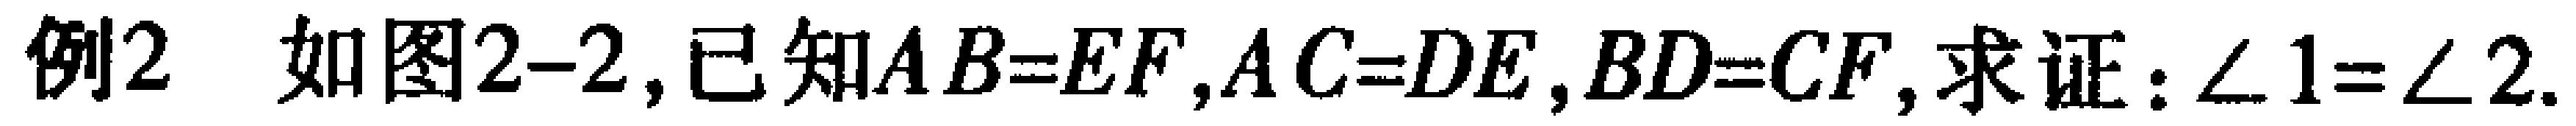
例2 如图2-2,已知\(AB = EF\),\(AC = DE\),\(BD = CF\),求证：\(\angle 1=\angle 2\).